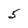
Character: 5